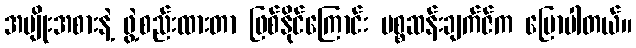
အမျိုးအစားနဲ့ ဖွဲ့စည်းထားတာ ဖြစ်နိုင်ကြောင်း မစ္စဆန်းချက်ဇ်က ပြောပါတယ်။